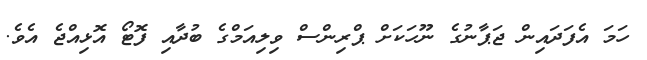
ހަމަ އެފަދައިން ޖަޕާނުގެ ނޫހަކަށް ޕްރިންސް ވިލިއަމްގެ ބުދާއި ފޮޓޯ އޮޅިއްޖެ އެވެ.